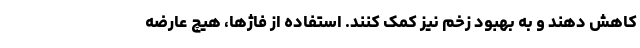
کاهش دهند و به بهبود زخم نیز کمک کنند. استفاده از فاژها، هیچ عارضه